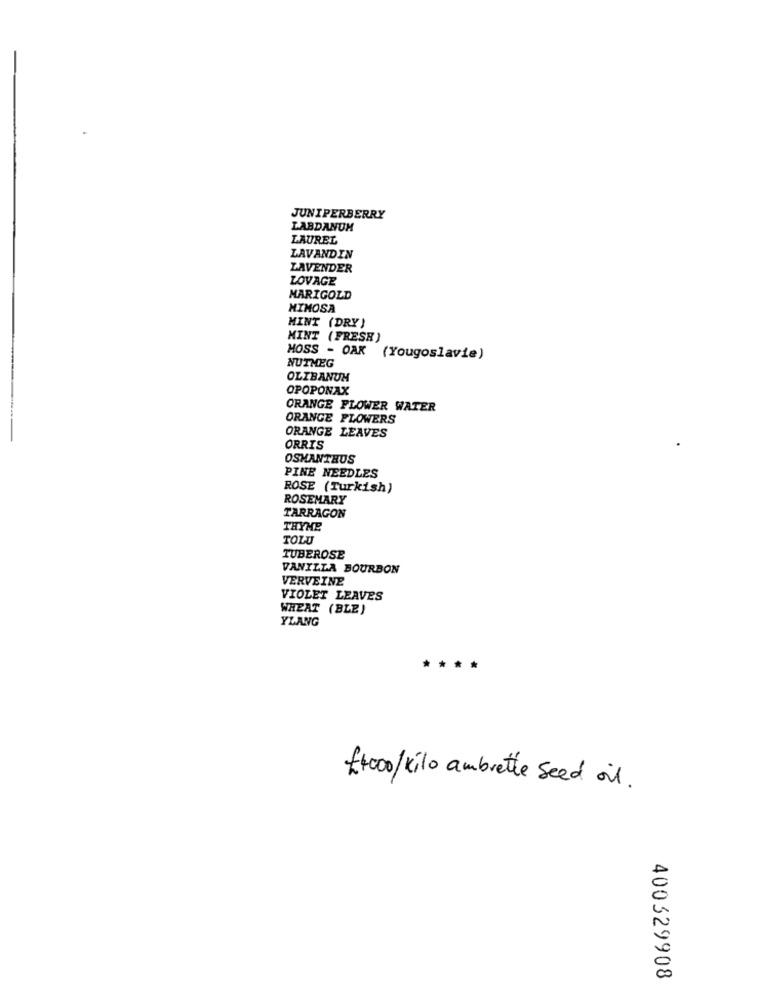
JUNIPERBERRY
LABDANUM
LAUREL
LAVANDIN
LAVENDER
LOVAGE
MARIGOLD
MIMOSA
MINT (DRY)
MINT (FRESH)
MOSS - OAK (Yougoslavie)
NUTMEG
OLIBANUM
OPOPONAX
ORANGE FLOWER WATER
ORANGE FLOWERS
ORANGE LEAVES
ORRIS
OSMANTHUS
PINE NEEDLES
ROSE (Turkish)
ROSEMARY
TARRAGON
THYME
TOLU
TUBEROSE
VANILLA BOURBON
VERVEINE
VIOLET LEAVES
WHEAT (BLE)
YLANG
f+000/kilo ambrette seed oil.
400329908